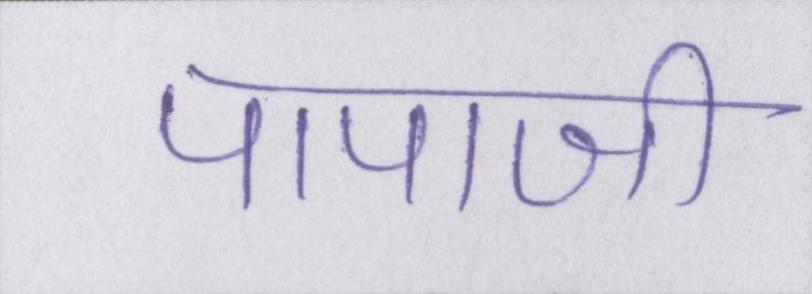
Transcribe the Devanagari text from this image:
पापाजी